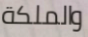
والملكة